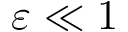
\varepsilon \ll 1